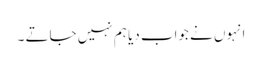
انہوں نے جواب دیا ہم نہیں جاتے ۔